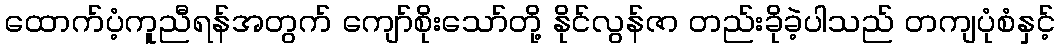
ထောက်ပံ့ကူညီရန်အတွက် ကျော်စိုးသော်တို့ နိုင်လွန်ဇာ တည်းခိုခဲ့ပါသည် တကျပုံစံနှင့်